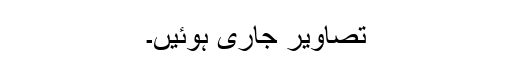
تصاویر جاری ہوئیں۔